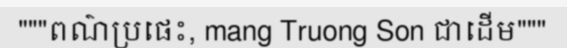
"""ពណ៌ប្រផេះ, mang Truong Son ជាដើម"""